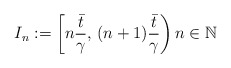
\begin{align*}I_n:=\left[n\dfrac{\bar{t}}{\gamma},\,(n+1)\dfrac{\bar{t}}{\gamma}\right) n \in {\mathbb{N}}\end{align*}